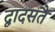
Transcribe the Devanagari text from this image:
द्वादसतैं